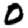
Digit: 0